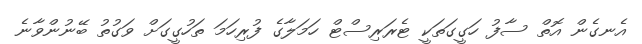
އެނގެން އޮތް ސާފު ހަގީގަތަކީ ޓެރަރިސްޓް ހަމަލާގެ ފުރިހަމަ ތަހުގީގަށް ވަގުތު ބޭނުންވާނެ